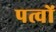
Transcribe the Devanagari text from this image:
पत्वों